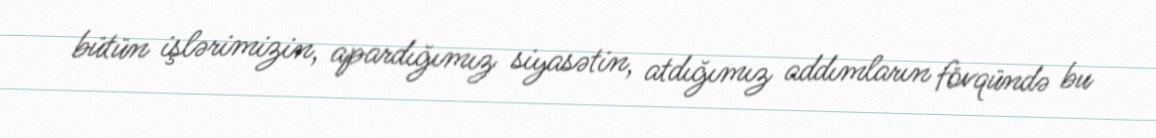
bütün işlərimizin, apardığımız siyasətin, atdığımız addımların fövqündə bu